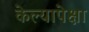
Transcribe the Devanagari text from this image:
केल्यापेक्षा